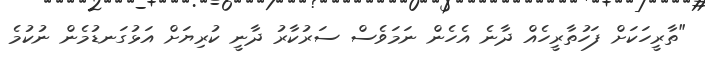
"ތާރީހަކަށް ފަހުތާރީހެއް ދާނެ އެހެން ނަމަވެސް ސަރުކާރު ދާނީ ކުރިޔަށް އަޅުގަނޑުމެން ނުކުމެ